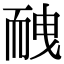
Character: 𦓕